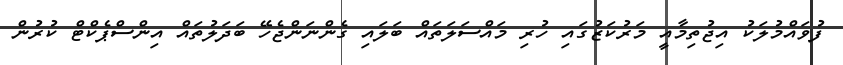
ފުވައްމުލަކު އިޖުތިމާއީ މަރުކަޒުގައި ހުރި މައްސަލަތައް ބަލައި ގެންނަންޖެހޭ ބަދަލުތައް އިންސްޕެކްޓް ކުރުން